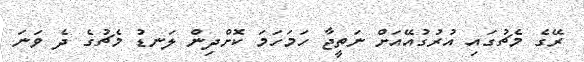
ރޭގެ މެޗުގައި އުރުގުއޭއަށް ނަތީޖާ ހަމަހަމަ ކޮށްދިން ލަނޑު މެޗުގެ ދެ ވަނަ